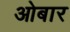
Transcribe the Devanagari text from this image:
ओबार